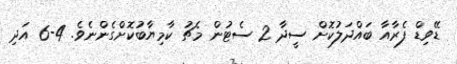
ޑޭވިޑް ފެރާއާ ބައްދަލުކޮށް ސީދާ 2 ސެޓުން މެޗު ކާމިޔާބުކޮށްގެންނެވެ. 4-6 އަދި